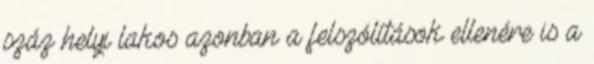
száz helyi lakos azonban a felszólítások ellenére is a